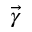
\vec { \gamma }